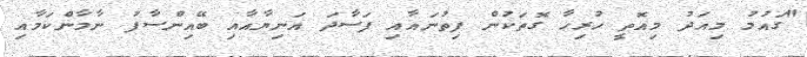
"ގައުމު މިއަދު މިއޮތީ ހުރިހާ ގޮތަކުން ފިތުނައާއި ފަސާދަ އަނިޔާއާއި ބޭއިންސާފު ނާމާންކަމާއި